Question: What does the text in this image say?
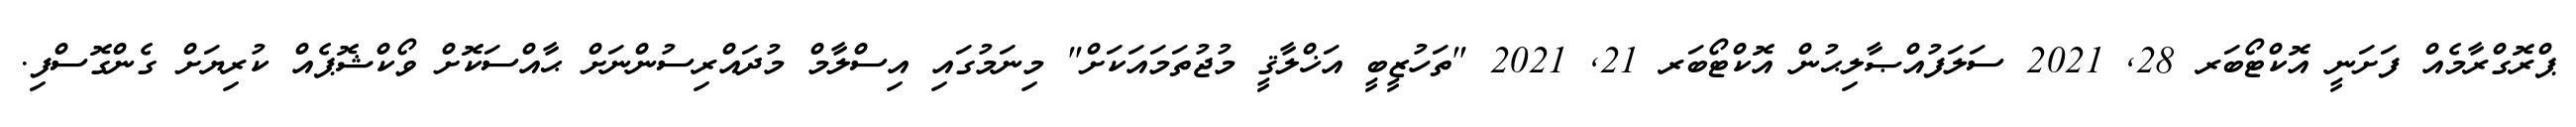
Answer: ޕްރޮގްރާމެއް ފަށަނީ އޮކްޓޯބަރ 28, 2021 ސަލަފުއްޞާލިޙުން އޮކްޓޯބަރ 21, 2021 "ތަހުޒީބީ އަޚްލާޤީ މުޖުތަމައަކަށް" މިނަމުގައި އިސްލާމް މުދައްރިސުންނަށް ޙާއްސަކޮށް ވޯކްޝޮޕެއް ކުރިޔަށް ގެންގޮސްފި.